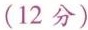
(12分)